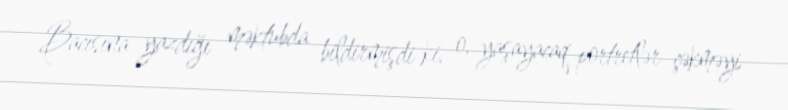
Bacısına yazdığı məktubda bildirmişdi ki, o, yaşayacaq portretlər çəkməyi